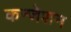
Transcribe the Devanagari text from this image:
कन्जेशन